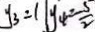
y _ { 3 } = 1 \vert y _ { 4 } = \frac { 5 } { 2 }